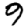
Digit: 9